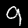
Label: 9